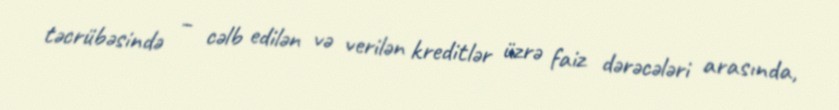
təcrübəsində – cəlb edilən və verilən kreditlər üzrə faiz dərəcələri arasında,